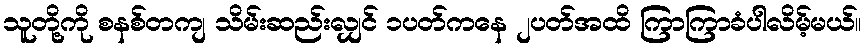
သူတို့ကို စနစ်တကျ သိမ်းဆည်းလျှင် ၁ပတ်ကနေ ၂ပတ်အထိ ကြာကြာခံပါလိမ့်မယ်။